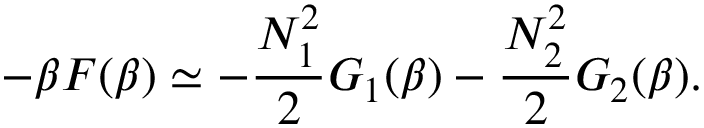
- \beta F ( \beta ) \simeq - \frac { N _ { 1 } ^ { 2 } } { 2 } G _ { 1 } ( \beta ) - \frac { N _ { 2 } ^ { 2 } } { 2 } G _ { 2 } ( \beta ) .